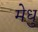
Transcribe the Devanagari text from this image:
मेधु